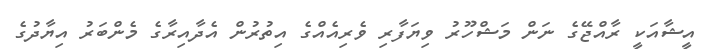
އީޝާއަކީ ރާއްޖޭގެ ނަން މަޝްހޫރު ވިޔަފާރި ވެރިއެއްގެ އިތުރުން އެދާއިރާގެ މެންބަރު އިޔާދުގެ